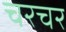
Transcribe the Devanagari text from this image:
चरचर